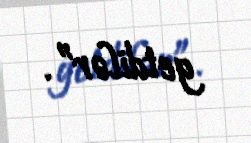
getdilər”.